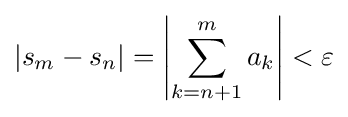
|s_{m}-s_{n}|=\left|\sum _{k=n+1}^{m}a_{k}\right|<\varepsilon